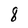
Character: 8